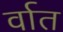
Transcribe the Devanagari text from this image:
र्वात